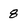
Character: 8